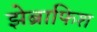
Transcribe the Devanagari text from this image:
झेब्राफिश